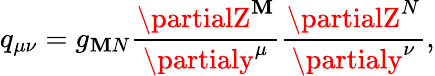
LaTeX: q_{\mu\nu}=g_{\mathbf{M}N}\frac{{\partialZ^{\mathbf{M}}}}{{\partialy^{\mu}}}\frac{{\partialZ^{N}}}{{\partialy^{\nu}}},